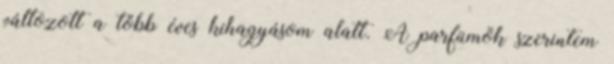
változott a több éves kihagyásom alatt. A parfümök szerintem